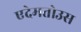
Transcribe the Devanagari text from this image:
एदेमतोउस